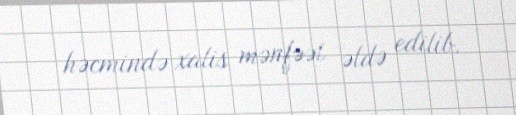
həcmində xalis mənfəət əldə edilib.